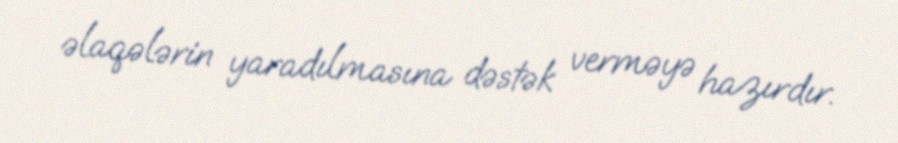
əlaqələrin yaradılmasına dəstək verməyə hazırdır.